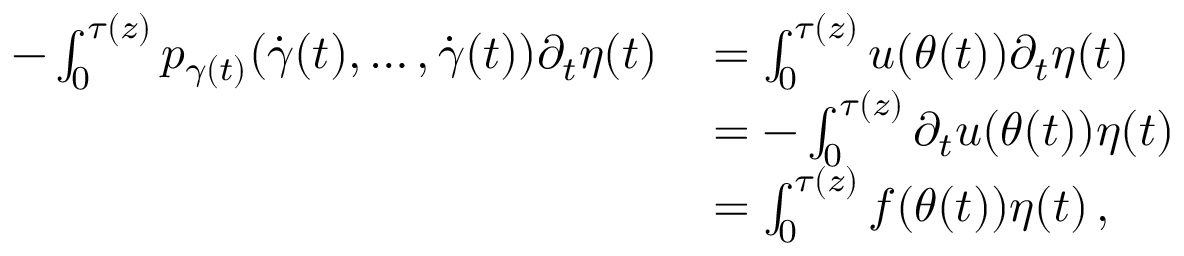
\begin{array} { r l } { - \int _ { 0 } ^ { \tau ( z ) } p _ { \gamma ( t ) } ( \dot { \gamma } ( t ) , \dots , \dot { \gamma } ( t ) ) \partial _ { t } \eta ( t ) \, \d t } & { = \int _ { 0 } ^ { \tau ( z ) } u ( \theta ( t ) ) \partial _ { t } \eta ( t ) \, \d t } \\ & { = - \int _ { 0 } ^ { \tau ( z ) } \partial _ { t } u ( \theta ( t ) ) \eta ( t ) \, \d t } \\ & { = \int _ { 0 } ^ { \tau ( z ) } f ( \theta ( t ) ) \eta ( t ) \, \d t , } \end{array}